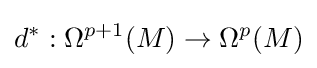
d^{*}:\Omega ^{p+1}(M)\rightarrow \Omega ^{p}(M)